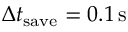
\Delta t _ { \mathrm { s a v e } } = 0 . 1 \, \mathrm { s }